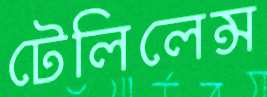
টেলিলেন্স